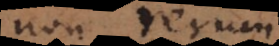
non rerum